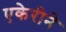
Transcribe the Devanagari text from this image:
एकेरीने